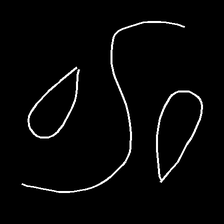
Glyph: water